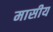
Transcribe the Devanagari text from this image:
मासीय